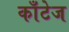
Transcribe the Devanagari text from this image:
काँटेज